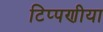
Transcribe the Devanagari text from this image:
टिप्पणीया